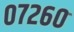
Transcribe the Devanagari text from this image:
०७२६०